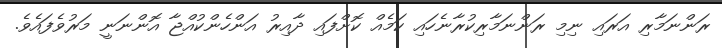
ރަންނަމާރި އަރައި ނިމި ރަންނަމާރިކުރާނެހައި ކަމެއް ކޮށްފައި ދާއިރު އަންހެންކުއްޖާ އޮންނަނީ މަރުވެފައެވެ.